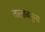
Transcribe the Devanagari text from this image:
तालाबनुमा